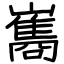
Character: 巂